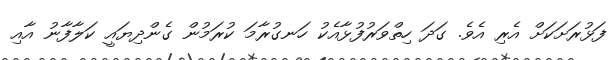
ފަޅުރަށަކަށް އެރި އެވެ. ގަދަ ހިތްވަރުފުޅާއެކު ހަނގުރާމަ ކުރަމުން ގެންދިޔައީ ކަލާފާނު އާއި